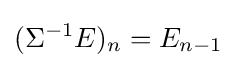
(\Sigma ^{-1}E)_{n}=E_{n-1}